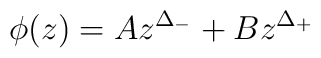
\phi(z) = A z^{\Delta_-} + B z^{\Delta_+}